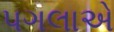
પગલાએ